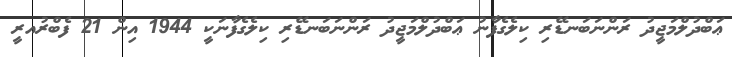
ޢަބްދުލްމަޖީދު ރަންނަބަނޑޭރި ކިލެގެފާނު ޢަބްދުލްމަޖީދު ރަންނަބަނޑޭރި ކިލެގެފާނަކީ 1944 އިން 21 ފެބްރުއރީ